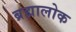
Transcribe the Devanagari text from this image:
ब्रह्मालोक